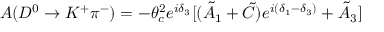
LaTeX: A ( D ^ { 0 } \to K ^ { + } \pi ^ { - } ) = - \theta _ { c } ^ { 2 } e ^ { i \delta _ { 3 } } [ ( \tilde { A } _ { 1 } + \tilde { C } ) e ^ { i ( \delta _ { 1 } - \delta _ { 3 } ) } + \tilde { A } _ { 3 } ]